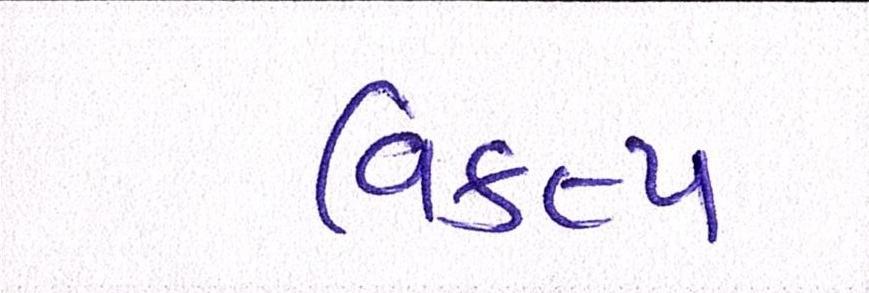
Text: વિકલ્પ